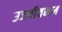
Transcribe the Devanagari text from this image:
उज्जीवनम